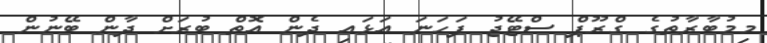
މިމުބާރާތުގެ ގްރޫޕް ސްޓޭޖު ފަހަނަ އަޅައި ދެން އޮތް ބުރަށް ދާން ބޭނުން